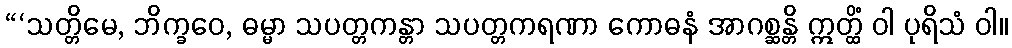
“‘သတ္တိမေ, ဘိက္ခဝေ, ဓမ္မာ သပတ္တကန္တာ သပတ္တကရဏာ ကောဓနံ အာဂစ္ဆန္တိ ဣတ္ထိံ ဝါ ပုရိသံ ဝါ။